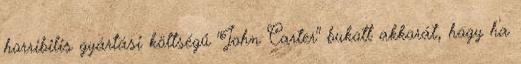
horribilis gyártási költségű "John Carter" bukott akkorát, hogy ha